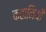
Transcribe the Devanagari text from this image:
कहानियोँ